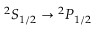
{ } ^ { 2 } S _ { 1 / 2 } \to { } ^ { 2 } P _ { 1 / 2 }